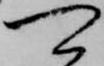
可